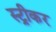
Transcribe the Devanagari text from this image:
स्ट्रीकर